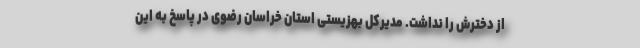
از دخترش را نداشت. مدیرکل بهزیستی استان خراسان رضوی در پاسخ به این